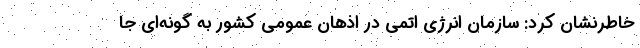
خاطرنشان کرد: سازمان انرژی اتمی در اذهان عمومی کشور به گونه‌ای جا